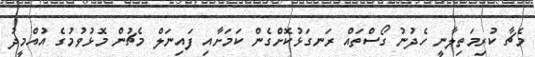
މެޗާ ކުރިމަތިލާނީ ހެދުނު ގޯސްތައް ރަނގަޅުކޮށްގެން ކަމަށާއި ފައިނަލް މެޗުން މޮޅުވުމުގެ އުއްމީދު